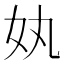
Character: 𡚺